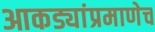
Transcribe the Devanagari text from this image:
आकड्यांप्रमाणेच